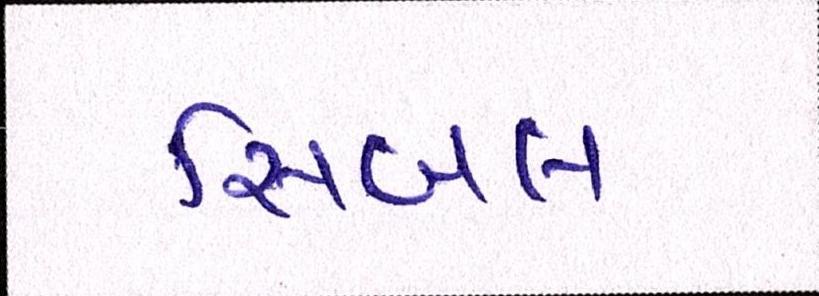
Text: સિબલ